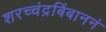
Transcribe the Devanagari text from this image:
शरच्चंद्रबिंबाननं